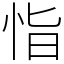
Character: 恉